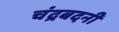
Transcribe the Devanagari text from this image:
चंद्रबदनी